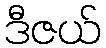
ဒီဇယ်